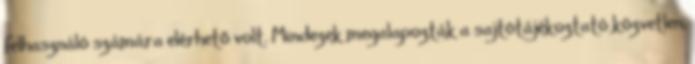
felhasználó számára elérhető volt. Mindezek megalapozták a sajtótájékoztató közvetlen,